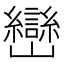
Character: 巒